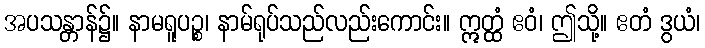
အပသန္တာန်၌။ နာမရူပဉ္စ၊ နာမ်ရုပ်သည်လည်းကောင်း။ ဣတ္ထံ ဧဝံ၊ ဤသို့။ ဧတံ ဒွယံ၊